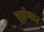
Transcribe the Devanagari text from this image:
चूहेमार